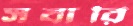
সবারি